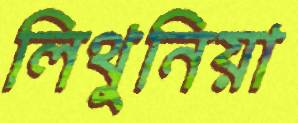
লিথুনিয়া